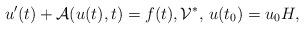
LaTeX: \begin{align*} u'(t)+\mathcal{A}(u(t),t)=f(t), \mathcal{V}^*,\, u(t_0)=u_0H, \end{align*}